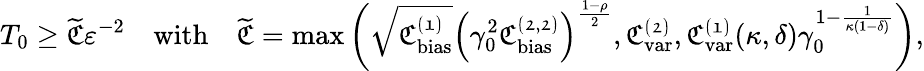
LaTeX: T_{0}\ge\widetilde{\mathfrak{C}}\varepsilon^{-2}\quad\textnormal{with}\quad\widetilde{\mathfrak{C}}=\operatorname*{max}\left(\sqrt{\mathfrak{C_{\mathrm{bias}}^{(1)}}}\left(\gamma_{0}^{2}\mathfrak{C_{\mathrm{bias}}^{(2,2)}}\right)^{\frac{1-\rho}{2}},\mathfrak{C_{\mathrm{var}}^{(2)}},\mathfrak{C_{\mathrm{var}}^{(1)}}(\kappa,\delta)\gamma_{0}^{1-\frac{1}{\kappa(1-\delta)}}\right),